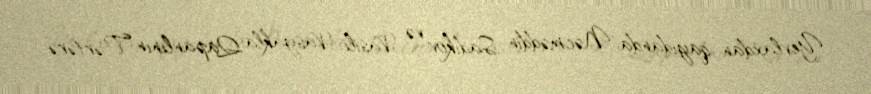
Yevlaxdan qayıdanda Nəcməddin Sadıkov və Vasili Vasyakla Qapanlının Tərtərə